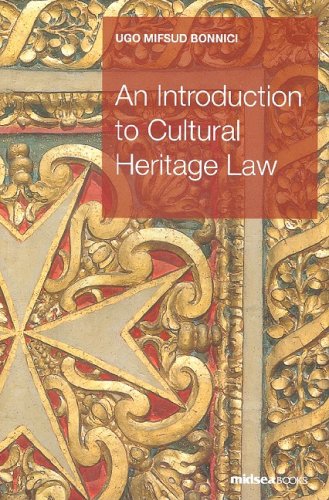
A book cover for An Introduction to Cultural Heritage Law; Ugo Mifsud Bonnici; Law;